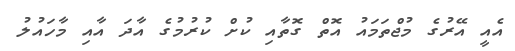
އެއީ އޭރުގެ މުޖްތަމައު އޮތް ގޮތާއި ކުށް ކުރުމުގެ އާދަ އާއި މާހައުލު